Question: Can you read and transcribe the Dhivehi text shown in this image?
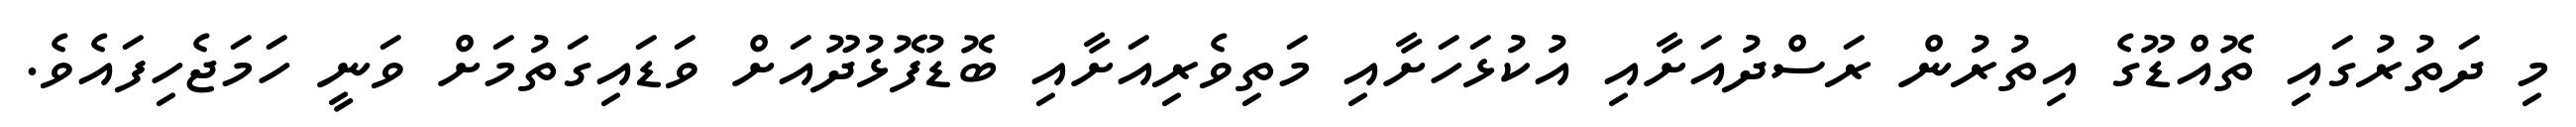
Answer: މި ދަތުރުގައި ތޮއްޑޫގެ އިތުރުން ރަސްދުއަށާއި އުކުޅަހަށާއި މަތިވެރިއަށާއި ބޮޑުފޮޅުދޫއަށް ވަޑައިގަތުމަށް ވަނީ ހަމަޖެހިފައެވެ.